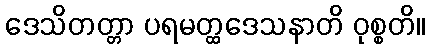
ဒေသိတတ္တာ ပရမတ္ထဒေသနာတိ ဝုစ္စတိ။